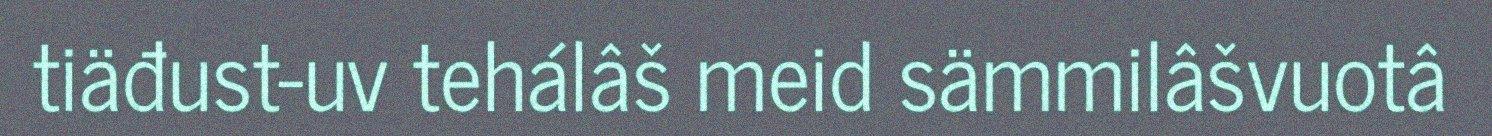
tiäđust-uv tehálâš meid sämmilâšvuotâ